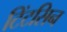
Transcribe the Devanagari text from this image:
टिंटसिन